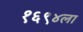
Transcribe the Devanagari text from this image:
१६९४ला